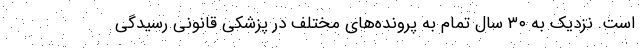
است. نزدیک به ۳۰ سال تمام به پرونده‌های مختلف در پزشکی قانونی رسیدگی